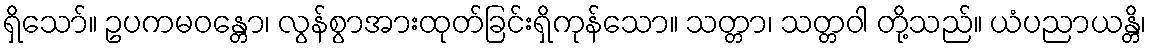
ရှိသော်။ ဥပကမဝန္တော၊ လွန်စွာအားထုတ်ခြင်းရှိကုန်သော။ သတ္တာ၊ သတ္တဝါ တို့သည်။ ယံပညာယန္တိ၊